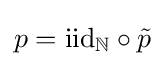
p=\mathrm {iid} _{\mathbb {N} }\circ {\tilde {p}}